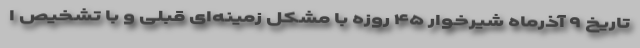
تاریخ ۹ آذرماه شیرخوار ۴۵ روزه با مشکل زمینه‌ای قبلی و با تشخیص ا